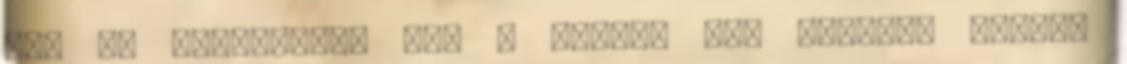
hoz az életünkbe, meg a máséba is. Kicsike fényt,